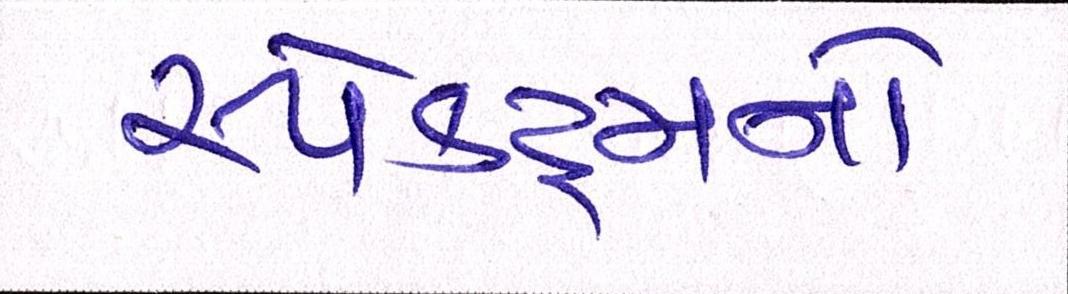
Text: સ્પેક્ટ્રમનો